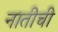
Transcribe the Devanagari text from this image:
नातीची